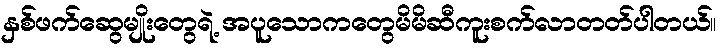
နှစ်ဖက်ဆွေမျိုးတွေရဲ့ အပူသောကတွေမိမိဆီကူးစက်လာတတ်ပါတယ်။